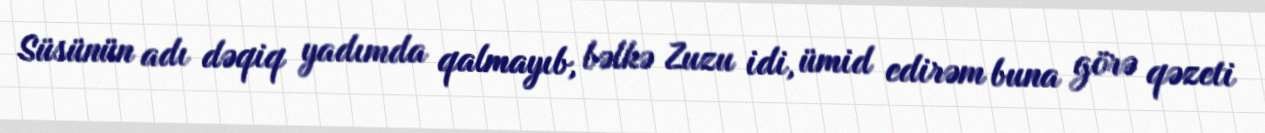
Süsünün adı dəqiq yadımda qalmayıb, bəlkə Zuzu idi, ümid edirəm buna görə qəzeti